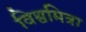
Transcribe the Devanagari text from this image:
विश्वमित्रा